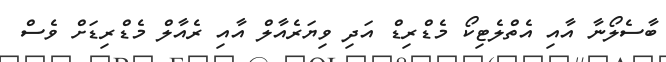
ބާސެލޯނާ އާއި އެތްލެޓިކޯ މެޑްރިޑް އަދި ވިޔަރެއާލް އާއި ރެއާލް މެޑްރިޑަށް ވެސް